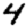
Digit: 4